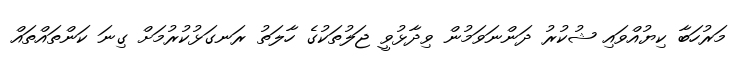
މަރުހަބާ ކިޔުއްވައި ޝުކުރު ދަންނަވަމުން ވިދާޅުވީ ޖަލުތަކުގެ ހާލަތު ރަނގަޅުކުރުމަށް ގިނަ ކަންތައްތައް